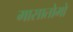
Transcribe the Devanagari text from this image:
मासातोमो